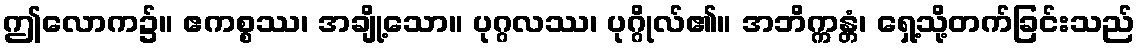
ဤလောက၌။ ဧကစ္စဿ၊ အချို့သော။ ပုဂ္ဂလဿ၊ ပုဂ္ဂိုလ်၏။ အဘိက္ကန္တံ၊ ရှေ့သို့တက်ခြင်းသည်